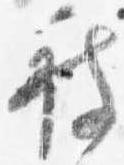
被